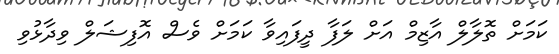
ކަމަށް ތޮލާލް އާޒިމް އަށް ލަފާ ދީފައިވާ ކަމަށް ވެސް އޮފިޝަލް ވިދާޅުވި